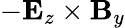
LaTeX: -\mathbf E_{z}\times\mathbf B_{y}